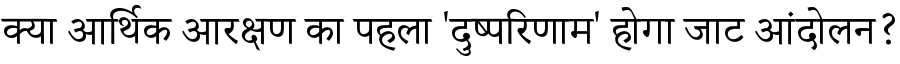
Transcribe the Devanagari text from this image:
क्या आर्थिक आरक्षण का पहला 'दुष्परिणाम' होगा जाट आंदोलन?